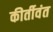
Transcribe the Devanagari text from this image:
कीर्तीवंत